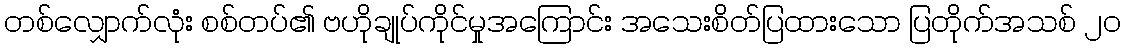
တစ်လျှောက်လုံး စစ်တပ်၏ ဗဟိုချုပ်ကိုင်မှုအကြောင်း အသေးစိတ်ပြထားသော ပြတိုက်အသစ် ၂၀